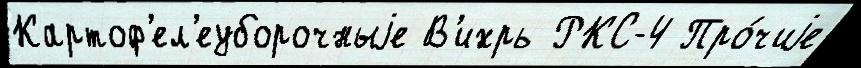
Картоф'ел'еуборочныjе В'ихрь РКС-4 Про́чиjе